Supplement to the account of plague administration in the Bombay Presidency from September 1896 till May 1897
Year: 1896
Disease focus: Plague
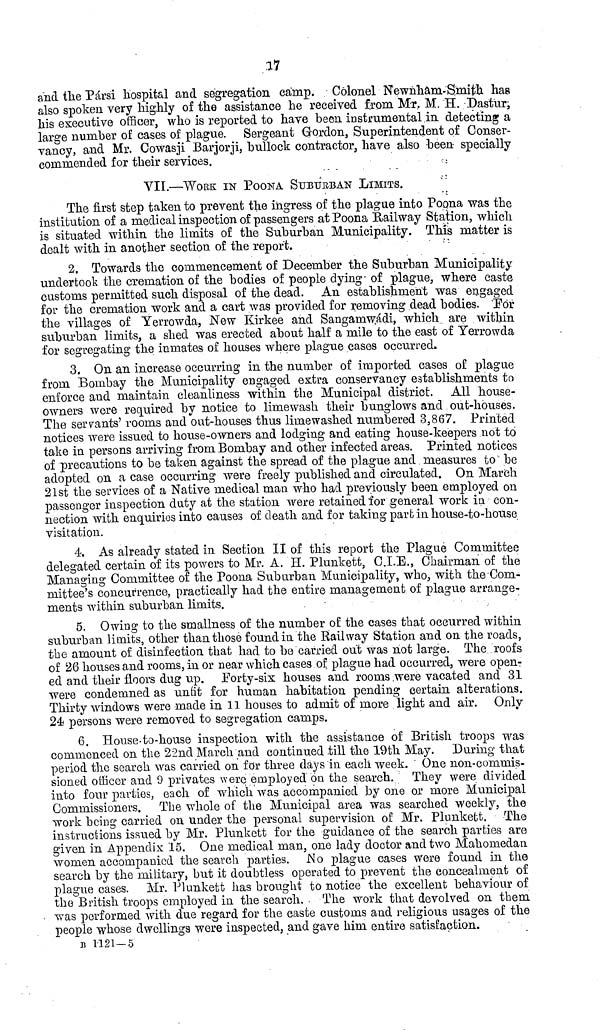
17
and the Parsi Hospital and segregation camp. Colonel Newnham-Smith has
also spoken very highly of the assistance he received from Mr. M. H. Dastur,
his executive officer, who is reported to have been instrumental in detecting a
large number of cases of plague. Sergeant Gordon, Superintendent of Conser-
vancy, and Mr. Cowasji Barjorji, bullock contractor, have also -been- specially
commended for their services.
VII.—WORK IN POONA. SUBURBAN LIMITS.
The first step taken to prevent the ingress of the plague into Poona was the
institution of a medical inspection of passengers at Poona Railway Station, which
is situated within the limits of the Suburban Municipality. This matter is
dealt with in another section of the report.
2. Towards the commencement of December the Suburban Municipality
undertook the cremation of the bodies of people dying- of plague, where caste
customs permitted such disposal of the dead. An establishment was engaged
for the cremation work and a cart was provided for removing dead bodies. For
the villages of Yerrowda, New Kirkee and Sangamwádi, which are within
suburban limits, a shed was erected about half a mile to the east of Yerrowda
for segregating the inmates of houses where plague eases occurred.
3. On an increase occurring in the number of imported cases of plague
from Bombay the Municipality engaged extra conservancy establishments to
enforce and maintain cleanliness within the Municipal district. All house-
owners were required by notice to limewash their bunglows and out-houses.
The servants' rooms and out-houses thus limewashed numbered 3,867. Printed
notices were issued to house-owners and lodging and eating house-keepers not to
take in persons arriving from Bombay and other infected areas. Printed notices
of precautions to be taken against the spread of the plague and measures to be
adopted on a case occurring were freely published and circulated. On March
21st the services of a Native medical man who had previously been employed on
passenger inspection duty at the station were retained for general work in con-
nection with enquiries into causes of death and for taking part in house-to-house
visitation.
4. As already stated in Section II of this report the Plague Committee
delegated certain of its powers to Mr. A. H. Plunkett, C.I.E., Chairman of the
Managing Committee of the Poona Suburban Municipality, who, with the Com-
mittee's concurrence, practically head the entire management of plague arrange-
ments within suburban limits.
5. Owing to the smallness of the number of the cases that occurred within
suburban limits, other than those found in the Railway Station and on the roads,
the amount of disinfection that had to be carried out was not large. The roofs
of 26 houses and rooms, in or near which cases of plague had occurred, were open-
ed and their floors dug up. Eorty-six houses and rooms were vacated and 31
were condemned as unfit for human habitation pending certain alterations.
Thirty windows were made in 11 houses to admit of more light and air. Only
24 persons were removed to segregation camps.
6. House-to-house inspection with the assistance of British troops was
commenced on the 22nd March and continued -till the 19th May. During that
period the search was carried on for three days in each week. " One non-commis-
sioned officer and 9 privates were employed on the search. They were divided
into four parties, each of which was accompanied by one or more Municipal
Commissioners. The whole of the Municipal area was searched weekly, the
work being carried on under the personal supervision of Mr. Plunkett. The
instructions issued by Mr. Plunkett for the guidance of the search parties are
given in Appendix 15. One medical man, one lady doctor and two Mahomedaa
women accompanied the search parties. No plague cases were found in the
search by the military, but it doubtless operated to prevent the concealment of
plague cases. Mr. Plunkett has brought to notice the excellent behaviour of
the British troops employed in the search. . The work that devolved on them
was performed with due regard for the caste customs and religious usages of the
people whose dwellings were inspected, and gave him entire satisfaction.
B 1121-5